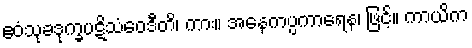
ဧဝံသုခဒုက္ခပဋိသံဝေဒီတိ၊ ကား။ အနေကပ္ပကာရေန၊ ဖြင့်။ ကာယိက